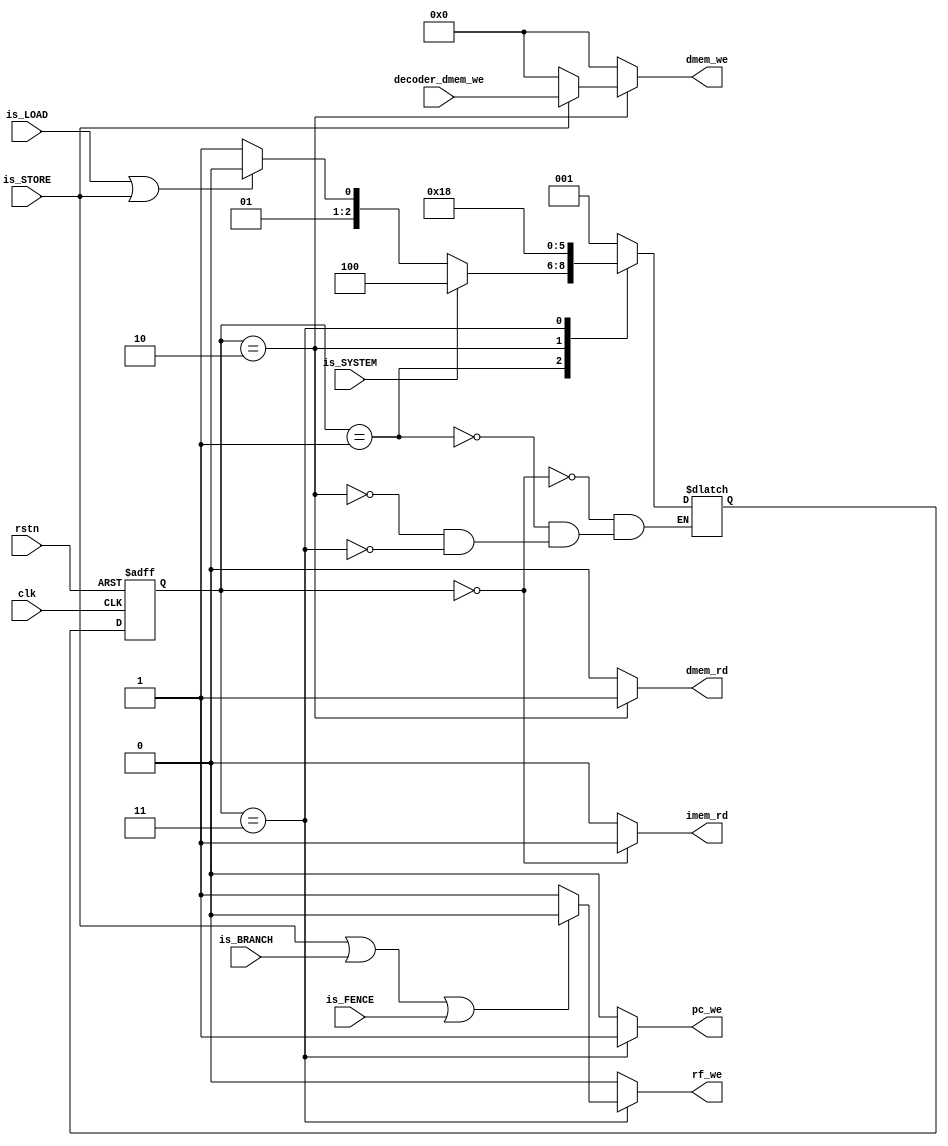
module Control_Unit(
    input wire clk, 
    input wire rstn,
    
    // DECODER generated signals
    // input wire is_LUI, is_AUIPC, is_JAL, is_JALR, is_IMM, is_ALU,

    input wire is_LOAD,
    input wire is_STORE,
    input wire is_BRANCH,
    input wire is_FENCE,
    input wire is_SYSTEM,
    input wire [3:0] decoder_dmem_we,
    
     // pc
    output reg pc_we,                     // PC write enable
    // IMem
    output reg imem_rd,                   // IMem read enable
    // regfile
    output reg rf_we,                     // reg file write enable
    // Dmem
    output reg dmem_rd,                   // dmem read enable
    output reg [3:0] dmem_we              // dmem write enable
    );
    
    // STATES
    localparam IF = 3'd0;     // Instruction Fetch
    localparam ID_EX = 3'd1;     // Instruction Decode and Execute (ALU)
    localparam MEM = 3'd2;     // Data Memory
    localparam WB = 3'd3;     // Write back and Update PC
    localparam HALT = 3'd4;     // HALT state
    
    // state machine registers
    reg[2:0] state, next_state;
    
    // state update logic
    always @(posedge clk or negedge rstn) begin
        if(!rstn) begin   // active low
            state <= IF;
        end
        else
            state <= next_state;    
    end
    
    // next state and output update
    always @(*) begin
    
        imem_rd <= 0;
        pc_we <= 0;
        rf_we <= 0;
        dmem_rd <= 0;
        dmem_we <= 4'd0;
        
        case (state) 
            // Instruction Fetch
            IF: begin                          // Move to instruction decode and execute stage for all instruction types
                imem_rd <= 1;
                next_state = ID_EX;
            end  
            // Instruction Decode and Execution
            ID_EX: begin
                if(is_SYSTEM) next_state = HALT;
                else if (is_LOAD | is_STORE)          //only push to memory if if load or store
                    next_state = MEM;
                else    
                    next_state = WB;
            end      
            // Memory Read Write
            MEM: begin                         // WB and update PC after MEM
                dmem_rd <= 1;
                if (is_STORE)  dmem_we <= decoder_dmem_we;
                next_state = WB;
            end         
            // Write Back
            WB: begin                  // Always fetch instruction after PC is updated
                pc_we <= 1;
                if (!(is_STORE | is_BRANCH | is_FENCE))  begin
                    rf_we <=1;
                end
                next_state = IF;
            end          
            HALT: begin                // Halt 
                //Does Nothing
            end         
       endcase
    end
endmodule